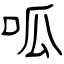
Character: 呱